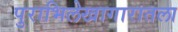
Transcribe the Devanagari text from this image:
पुराभिलेखागारातला